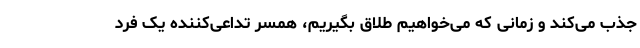
جذب می‌کند و زمانی که می‌خواهیم طلاق بگیریم، همسر تداعی‌کننده یک فرد